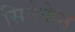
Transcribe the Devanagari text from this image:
सिनेफेन